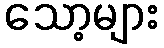
သော့များ